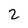
Character: 2